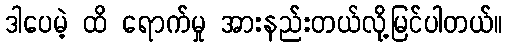
ဒါပေမဲ့ ထိ ရောက်မှု အားနည်းတယ်လို့မြင်ပါတယ်။